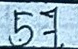
57